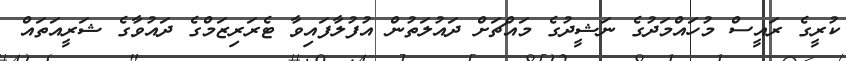
ކުރީގެ ރައީސް މުހައްމަދުގެ ނަޝީދުގެ މައްޗަށް ދައުލަތުން އުފުލާފައިވާ ޓެރަރިޒަމްގެ ދައުވާގެ ޝަރީއަތައް